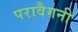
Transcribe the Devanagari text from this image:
परावैगनी